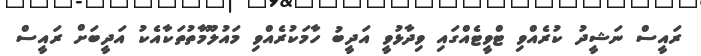
ރައީސް ނަޝީދު ކުރެއްވި ޓްވީޓެއްގައި ވިދާޅުވީ އަދީބު ހާމަކުރެއްވި މައުލޫމާތުތަކާއެކު އަދީބަށް ރައީސް